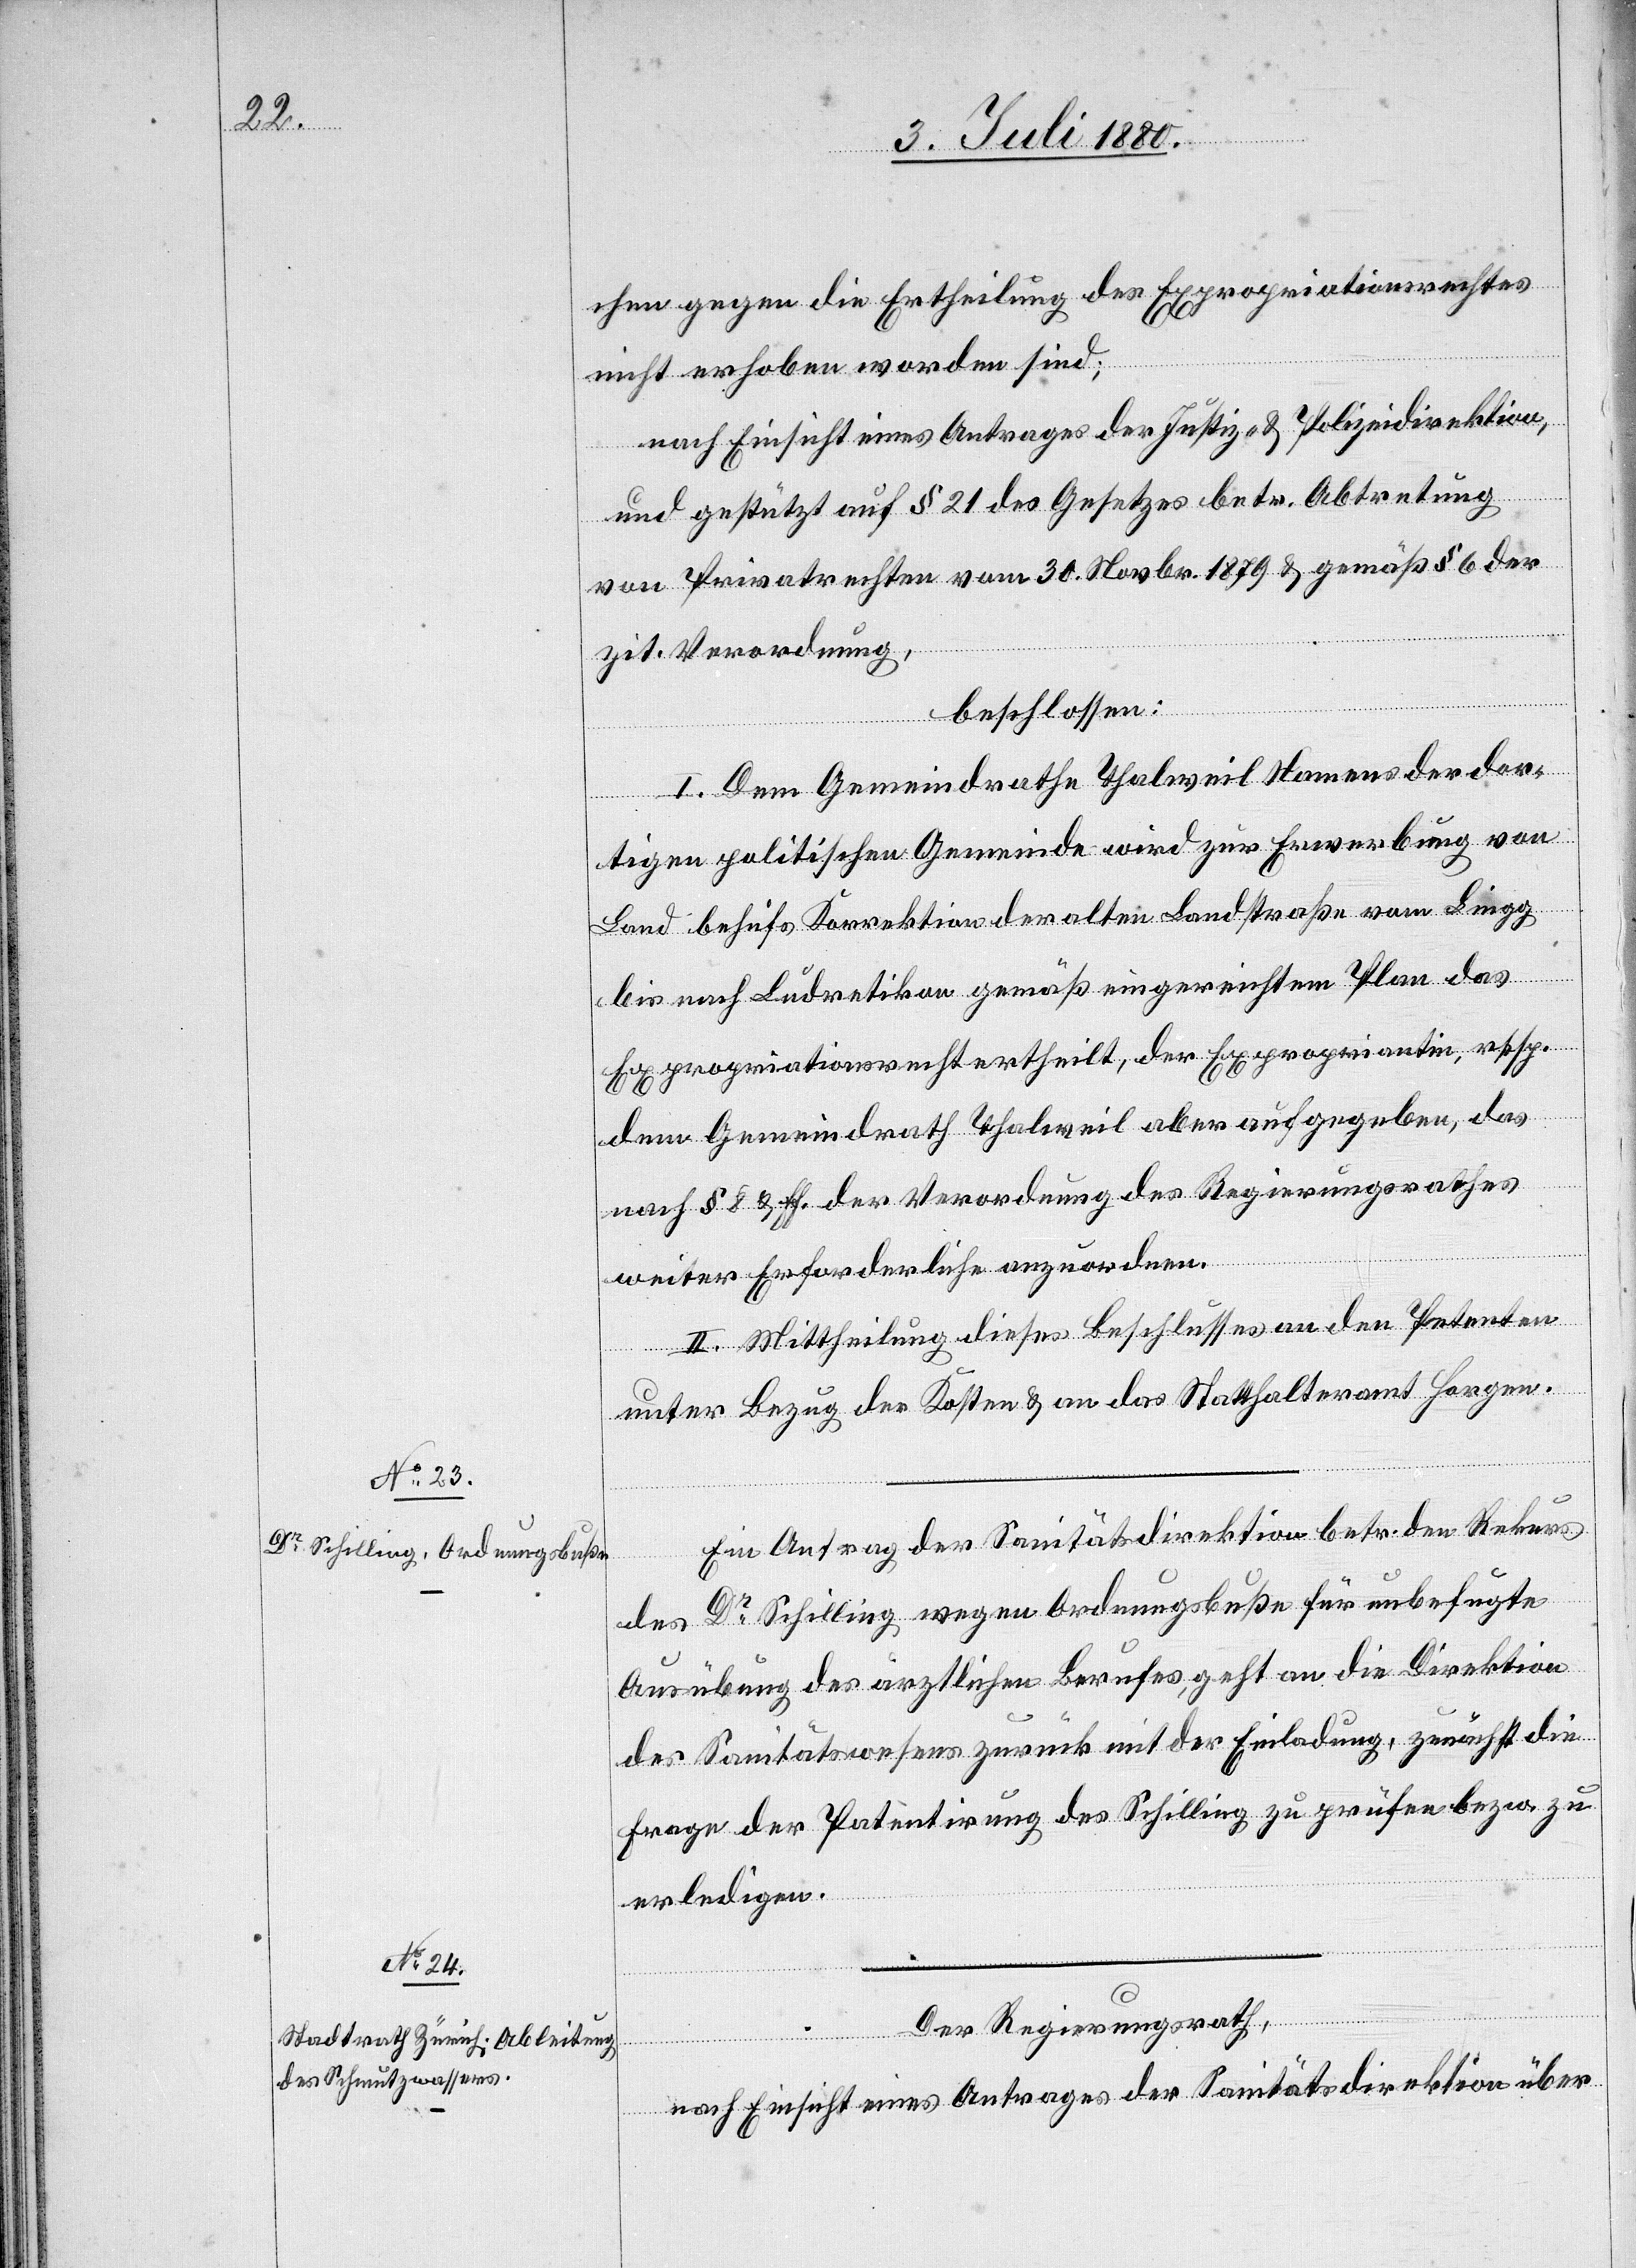
chen gegen die Ertheilung des Expropriationsrechtes
nicht erhoben worden sind;
nach Einsicht eines Antrages der Justiz- und Polizeidirektion,
und gestützt auf § 21 des Gesetzes betr. Abtretung
von Privatrechten vom 30. Novbr. 1879 & gemäß § 6 der
zit Verordnung,
beschlossen:
I. Dem Gemeindrathe Thalweil Namens der dor¬
tigen politischen Gemeinde wird zur Erwerbung von
Land behufs Korrektion der alten Landstraße von Lingg
bis nach Ludretikon gemäß eingereichtem Plan das
Expropriationsrecht ertheilt, der Expropriantin, resp.
dem Gemeindrath Thalweil aber aufgegeben, das
nach § 8 & ff. der Verordnung des Regierungsrathes
weiter Erforderliche anzuordnen.
II. Mittheilung dieses Beschlusses an den Petenten
unter Bezug der Kosten & an das Statthalteramt Horgen.
Ein Antrag der Sanitätsdirektion betr. den Rekurs
des Dr Schilling wegen Ordnungsbuße für unbefugte
Ausübung des ärztlichen Berufs, geht an die Direktion
des Sanitätswesens zurück mit der Einladung, zunächst die
Frage der Patentirung des Schilling zu prüfen bezw. zu
erledigen.
Der Regierungsrath,
nach Einsicht eines Antrages der Sanitätsdirektion über